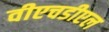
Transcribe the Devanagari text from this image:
वीएचडीएल